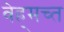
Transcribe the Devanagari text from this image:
वेह्र्मच्त